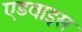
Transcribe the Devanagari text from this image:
एडवाइस